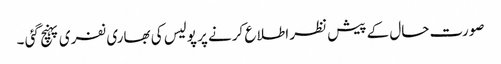
صورت حال کے پیش نظر اطلا ع کرنے پر پولیس کی بھاری نفری پہنچ گئی ۔